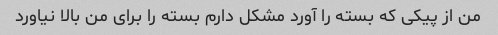
من از پیکی که بسته را آورد مشکل دارم بسته را برای من بالا نیاورد